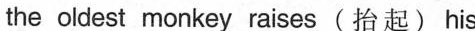
the oldest monkey raises(抬起) his